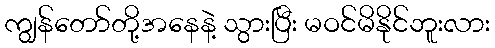
ကျွန်တော်တို့အနေနဲ့ သွားပြီး မဝင်မိနိုင်ဘူးလား